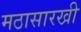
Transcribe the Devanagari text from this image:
मठासारखी